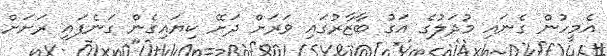
އެމީހުން ގެނައި މުދަލުގެ އަގު ބާޒާރުގައި ވަރަށް ދަށޭ ކިޔައިގެން ގަނެފައި ރަށަށް